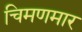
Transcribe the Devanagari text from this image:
चिमणमार